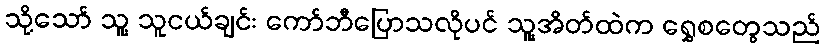
သို့သော် သူ့ သူငယ်ချင်း ကော်ဘီပြောသလိုပင် သူ့အိတ်ထဲက ရွှေစတွေသည်